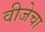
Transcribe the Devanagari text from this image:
वीजेचा